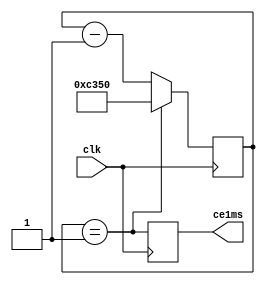
module Gen1ms (input clk, output reg ce1ms=0); //1 
	parameter Fclk =50000000 ; //   50 
	parameter F1kHz =1000 ; // 1 
	reg[15:0]cb_ms = 0 ; // 
	wire ce = (cb_ms==1) ; //Tce=1ms
	// 
	always @(posedge clk) begin
			cb_ms <= ce? ((Fclk/F1kHz)) : cb_ms-1 ; // 
			ce1ms <= ce ; //1 
	end
endmodule